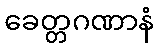
ခေတ္တဂဏာနံ